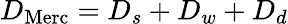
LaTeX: D_{\mathrm{Merc}}=D_{s}+D_{w}+D_{d}